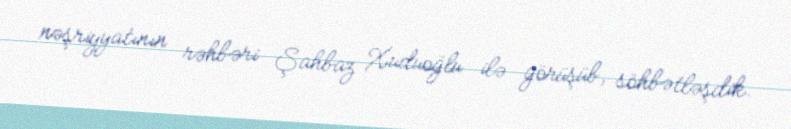
nəşriyyatının rəhbəri Şahbaz Xuduoğlu ilə görüşüb, söhbətləşdik.